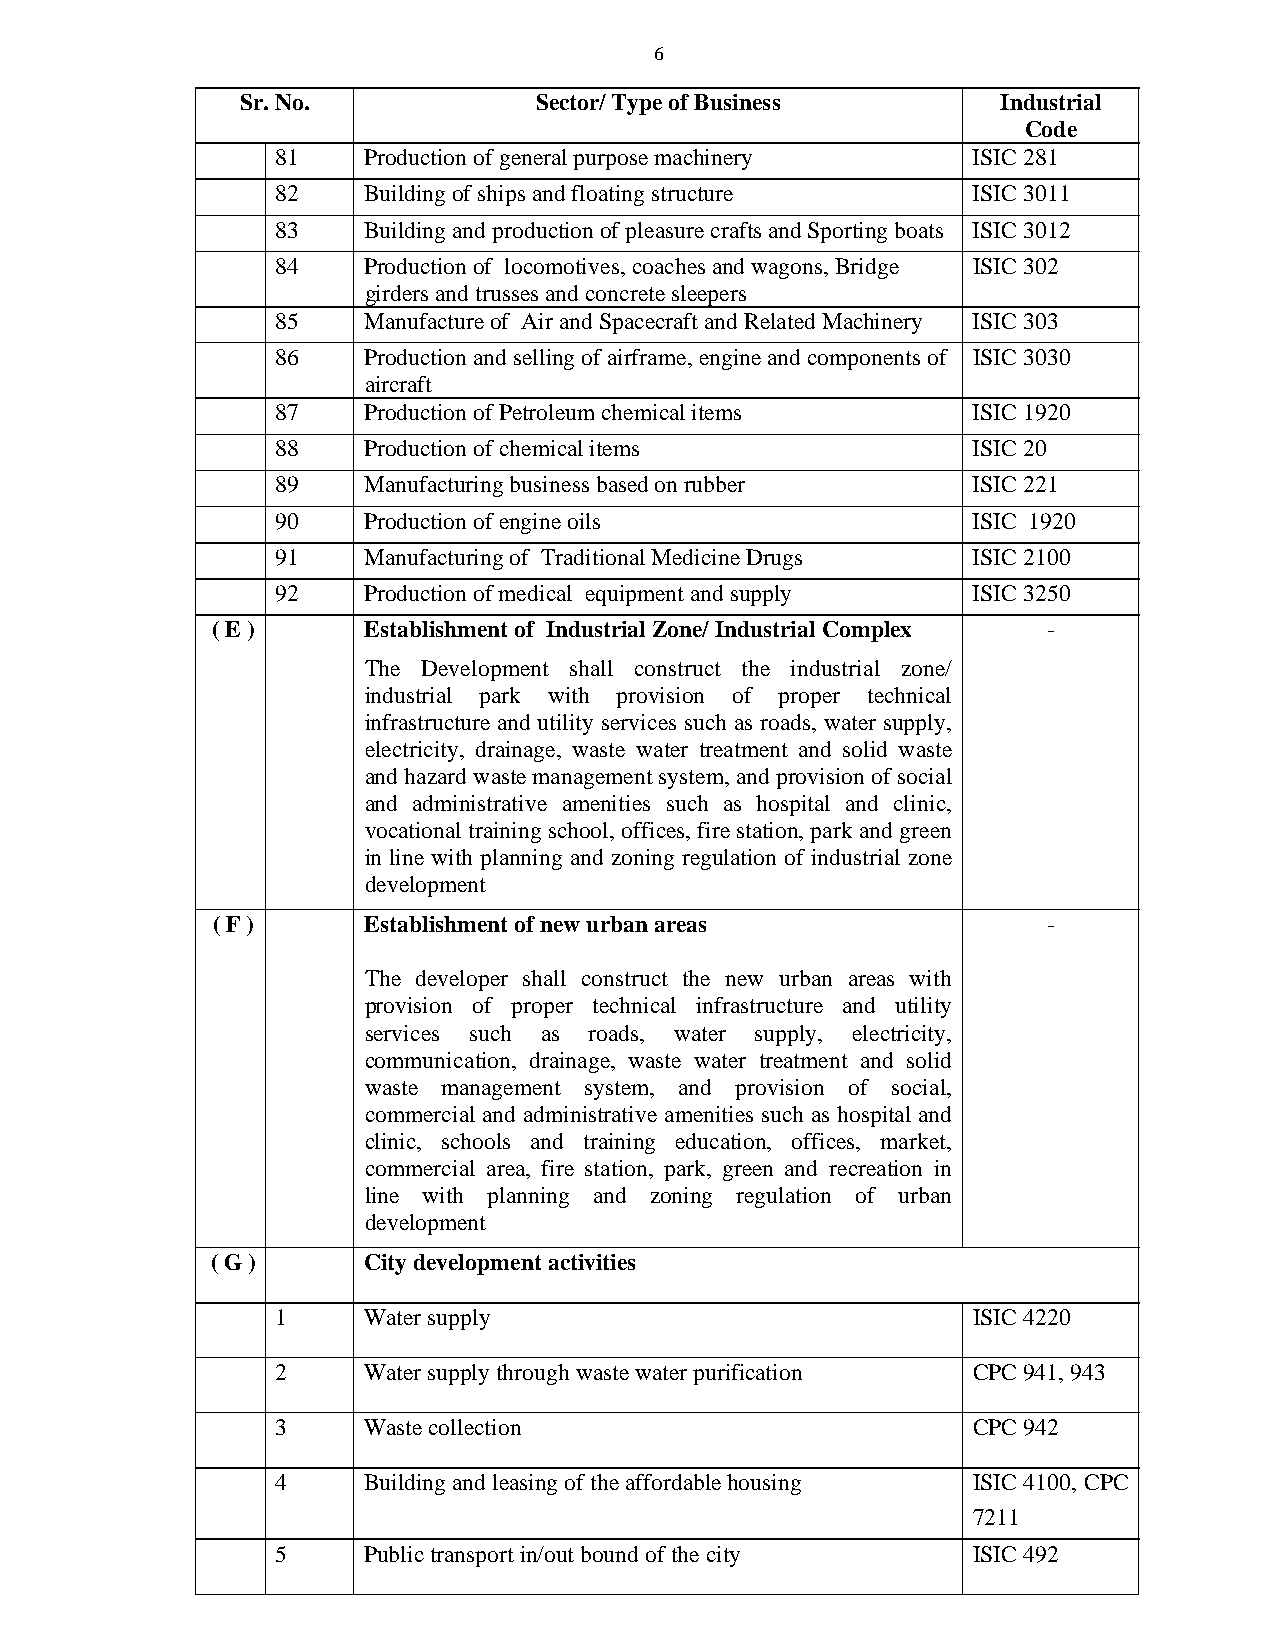
6
 Sr. No.            Sector/ Type of Business       Industrial
 Code
 81    Production of general purpose machinery ISIC 281
 82    Building of ships and floating structure ISIC 3011
 83    Building and production of pleasure crafts and Sporting boats ISIC 3012
 84    Production of locomotives, coaches and wagons, Bridge ISIC 302
 girders and trusses and concrete sleepers
 85    Manufacture of Air and Spacecraft and Related Machinery ISIC 303
 86    Production and selling of airframe, engine and components of ISIC 3030
 aircraft
 87    Production of Petroleum chemical items  ISIC 1920
 88    Production of chemical items            ISIC 20
 89    Manufacturing business based on rubber  ISIC 221
 90    Production of engine oils               ISIC 1920
 91    Manufacturing of Traditional Medicine Drugs ISIC 2100
 92    Production of medical equipment and supply ISIC 3250
 ( E )     Establishment of Industrial Zone/ Industrial Complex -
 The Development shall construct the industrial zone/
 industrial park with provision of proper technical
 infrastructure and utility services such as roads, water supply,
 electricity, drainage, waste water treatment and solid waste
 and hazard waste management system, and provision of social
 and administrative amenities such as hospital and clinic,
 vocational training school, offices, fire station, park and green
 in line with planning and zoning regulation of industrial zone
 development
 ( F )     Establishment of new urban areas             -
 The developer shall construct the new urban areas with
 provision of proper technical infrastructure and utility
 services such as roads, water supply, electricity,
 communication, drainage, waste water treatment and solid
 waste management system, and provision of social,
 commercial and administrative amenities such as hospital and
 clinic, schools and training education, offices, market,
 commercial area, fire station, park, green and recreation in
 line with planning and zoning regulation of urban
 development
 ( G )     City development activities
 1     Water supply                            ISIC 4220
 2     Water supply through waste water purification CPC 941, 943
 3     Waste collection                        CPC 942
 4     Building and leasing of the affordable housing ISIC 4100, CPC
 7211
 5     Public transport in/out bound of the city ISIC 492